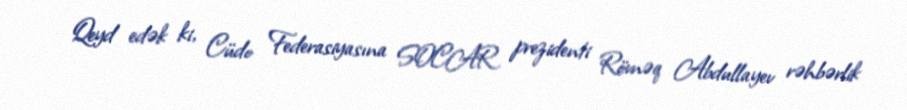
Qeyd edək ki, Cüdo Federasiyasına SOCAR prezidenti Rövnəq Abdullayev rəhbərlik